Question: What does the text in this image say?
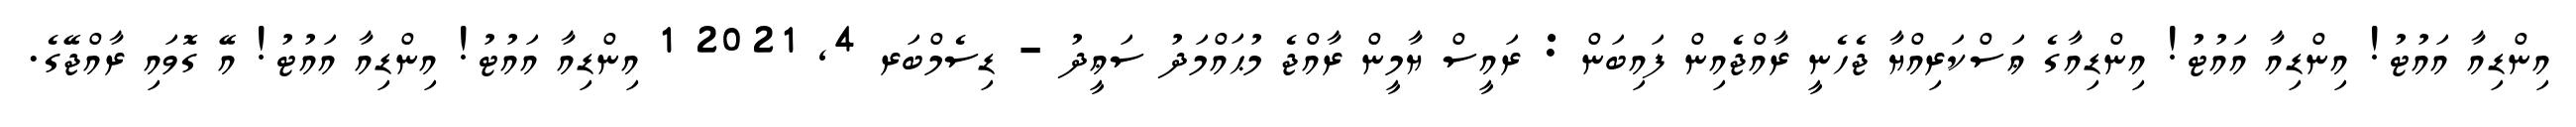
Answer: އިންޑިއާ އައުޓު! އިންޑިއާ އައުޓު! އިންޑިއާގެ ޢަސްކަރިއްޔާ ޖެހެނީ ރާއްޖެއިން ފައިބަން : ރައީސް ޔާމީން ރާއްޖެ މުޙައްމަދު ސަޢީދު - ޑިސެމްބަރ 4, 2021 1 އިންޑިއާ އައުޓު! އިންޑިއާ އައުޓު! އޭ ގޮވައި ރާއްޖޭގެ.